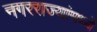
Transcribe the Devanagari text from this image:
नगरराज्यांमध्ये